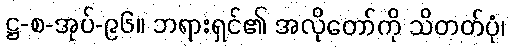
ဋ္ဌ-စ-အုပ်-၉၆။ ဘရားရှင်၏ အလိုတော်ကို သိတတ်ပုံ၊